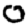
Digit: 0